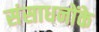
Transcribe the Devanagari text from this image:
संसाधनोंके